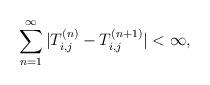
LaTeX: \begin{align*}\sum_{n=1}^\infty|T_{i,j}^{(n)}-T_{i,j}^{(n+1)}|<\infty,\end{align*}